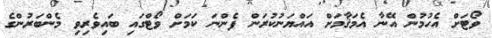
ވޯޓަށް އެހުމުން އޭނާ އެމަޤާމަށް އައްޔަނުކުރަން ފެންނަ ކަމަށް ވޯޓްގައި ބައިވެރިވި މެންބަރުންގެ